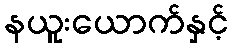
နယူးယောက်နှင့်